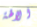
الالهة